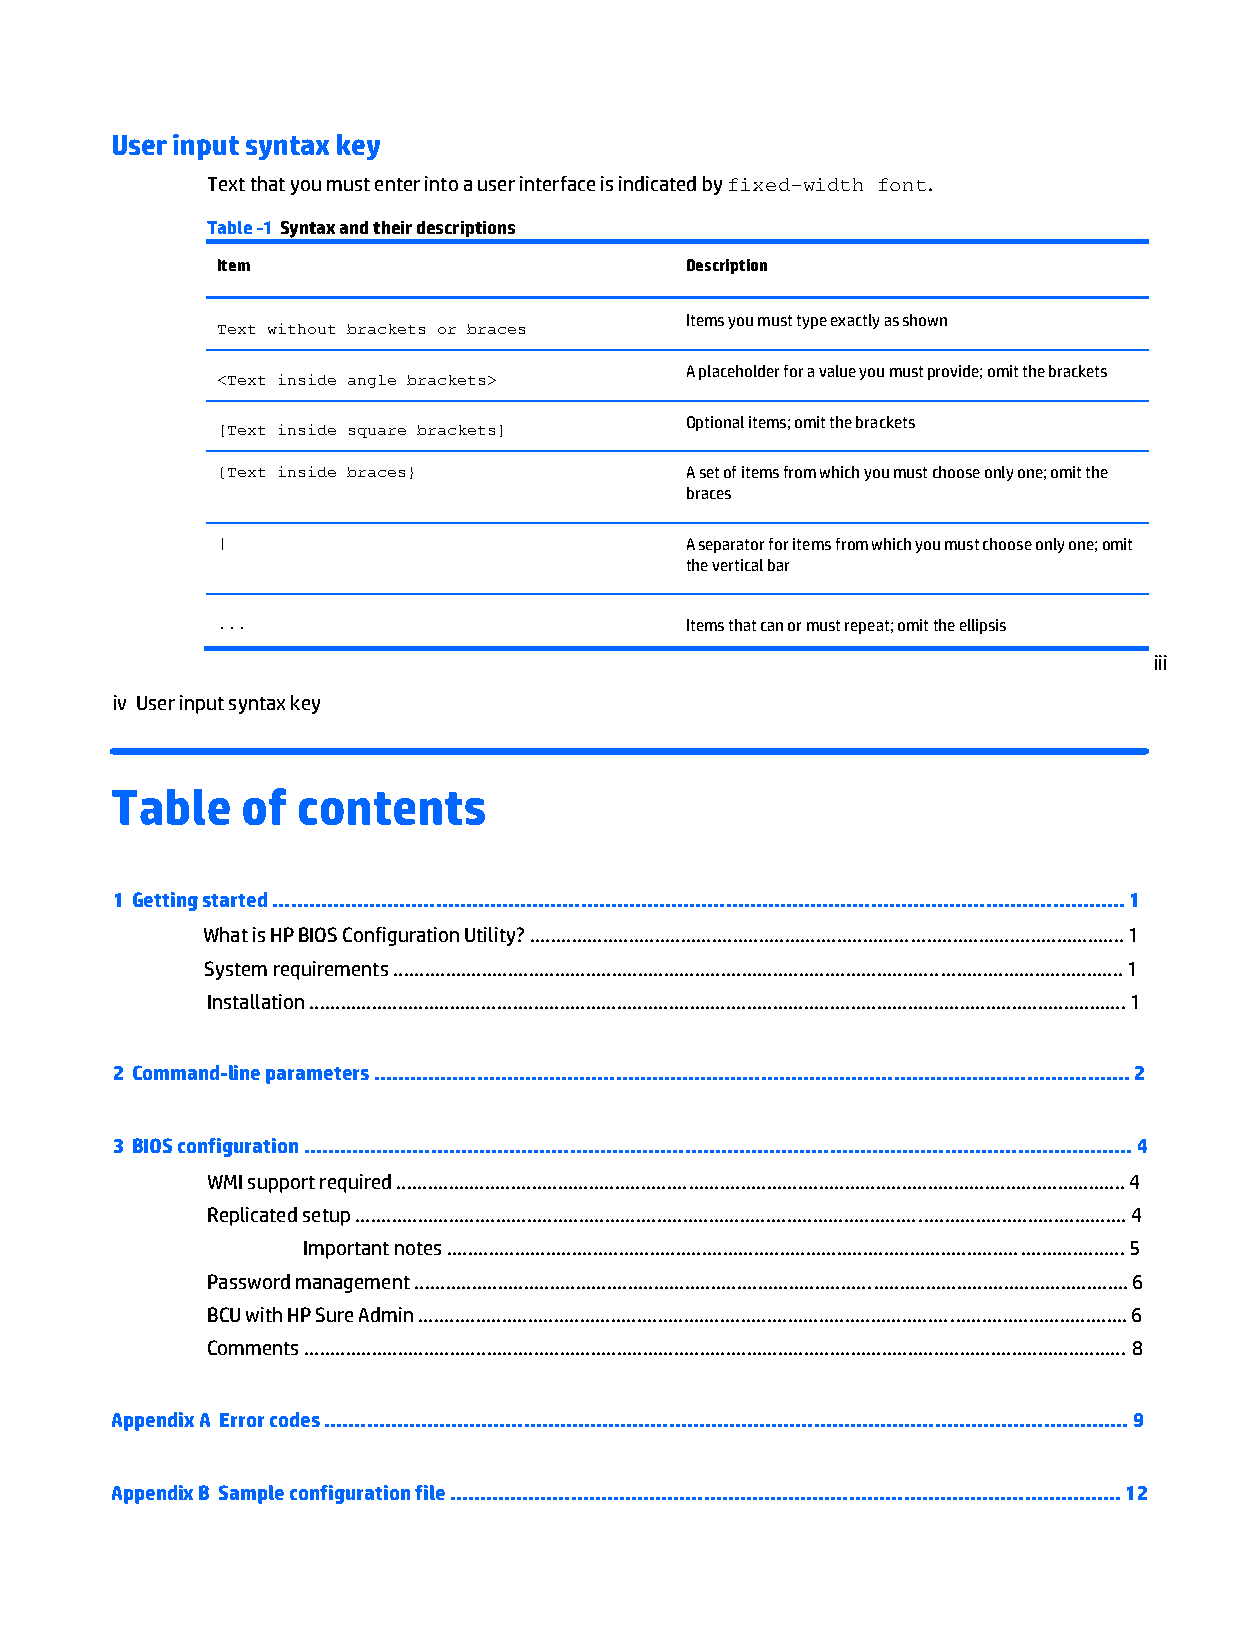
User input syntax key
 Text that you must enter into a user interface is indicated by fixed-width font.
 Table -1 Syntax and their descriptions
 Item                           Description
 Text without brackets or braces
 Items you must type exactly as shown
 <Text inside angle brackets>
 A placeholder for a value you must provide; omit the brackets
 [Text inside square brackets]
 Optional items; omit the brackets
 {Text inside braces}           A set of items from which you must choose only one; omit the
 braces
 |                              A separator for items from which you must choose only one; omit
 the vertical bar
 ...                            Items that can or must repeat; omit the ellipsis
 iii
 iv User input syntax key
 Table    of  contents
 1 Getting started ............................................................................................................................................. 1
 What is HP BIOS Configuration Utility? .................................................................................................................. 1
 System requirements ............................................................................................................................................ 1
 Installation ............................................................................................................................................................. 1
 2 Command-line parameters ............................................................................................................................. 2
 3 BIOS configuration ......................................................................................................................................... 4
 WMI support required ............................................................................................................................................ 4
 Replicated setup .................................................................................................................................................... 4
 Important notes .................................................................................................................................. 5
 Password management ......................................................................................................................................... 6
 BCU with HP Sure Admin ........................................................................................................................................ 6
 Comments .............................................................................................................................................................. 8
 Appendix A Error codes ..................................................................................................................................... 9
 Appendix B Sample configuration file ............................................................................................................... 12